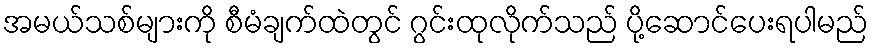
အမယ်သစ်များကို စီမံချက်ထဲတွင် ဂွင်းထုလိုက်သည် ပို့ဆောင်ပေးရပါမည်